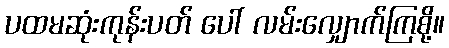
ပထမဆုံးကုန်းပတ် ပေါ် လမ်းလျှောက်ကြစို့။